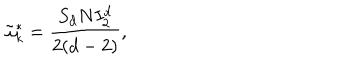
\tilde { \omega } _ { k } ^ { * } = \frac { S _ { d } N I _ { 2 } ^ { d } } { 2 ( d - 2 ) } ,